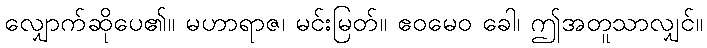
လျှောက်ဆိုပေ၏။ မဟာရာဇ၊ မင်းမြတ်။ ဧဝမေဝ ခေါ၊ ဤအတူသာလျှင်။